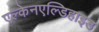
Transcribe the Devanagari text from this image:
एल्केनएल्डिहाइड